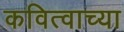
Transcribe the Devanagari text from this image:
कवित्वाच्या